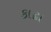
કાઢા